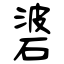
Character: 碆